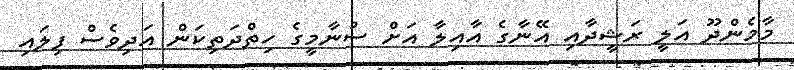
މާމެންދޫ އަލީ ރަޝީދާއި އޭނާގެ އާއިލާ އަށް ސުނާމީގެ ހިތްދަތިކަން އަދިވެސް ފިލައި